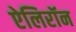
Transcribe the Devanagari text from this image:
ऐलिरॉन